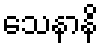
သေနာနိ